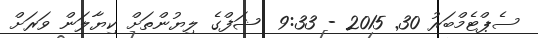
ސެޕްޓެމްބަރު 30